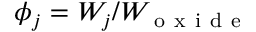
\phi _ { j } = W _ { j } / W _ { \mathrm { ~ o ~ x ~ i ~ d ~ e ~ } }